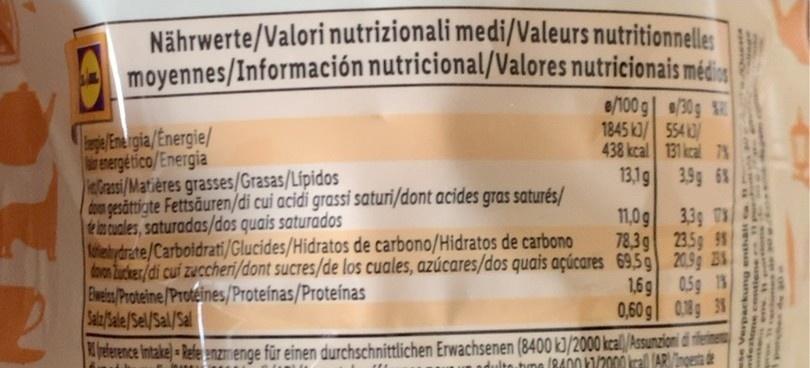
Nährwerte/Valori nutrizionali medi/Valeurs nutritionnelles moyennes/Información nutricional/Valores nutricionais méi
e/100 g /30g 1845 k3/ 554 3 438 kcal 131 kcal 7% 13,19 3.9g 6%
ge Ene rgia/Energie/ renergé tico/Energia eGrasi/Matières grasses/Grasas/Lfpidos dou gesättigte Fettsäuren/di cui acidi grassi saturi/dont acides gras saturés/ e ls cuales, saturadas/dos quais saturados lebydrate/Carboidrati/Glucides/Hidratos de carbono/Hidratos de carbono donon Zuckes/di cui zuccheri/dont sucres/de los cuales, azúcares/dos quais açúcares 69,5g 20.9g B Eweis/Proteine/Proteines/Proteínas/Proteínas Sal/sle/Sel/Sal/Sal
11,0g 339 T% 78,3g 23.59 9%
1,6g 05g 15 0,60 g 0.8g 3
elerence intake) - Refe enzmenge für einen durchschnittlichen Erwachsenen (8400 k]/2000 kcal/Assunzioni di feine dulto bme (84001/2000 kral (ARnoesta de
2HE Bunged A